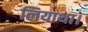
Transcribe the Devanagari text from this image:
लियाथा।